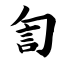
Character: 訇